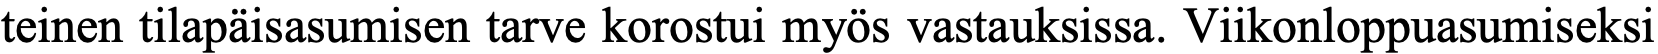
teinen tilapäisasumisen tarve korostui myös vastauksissa. Viikonloppuasumiseksi